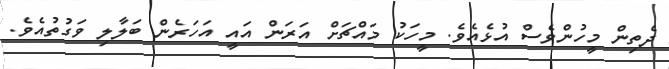
ދެތިން މީހުންވެސް އުޅެއެވެ. މީހަކު މައްޗަށް އަރަން އައީ އަހަރެން ބަލާލި ވަގުތުއެވެ.